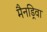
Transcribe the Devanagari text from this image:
मैनड्रिवा